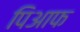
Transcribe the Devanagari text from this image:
पिआफ